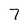
Character: 7